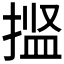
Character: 𫽝